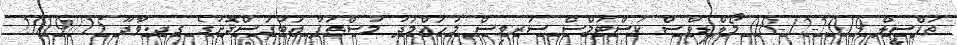
ތަފްސީލް 2019-12-08 މޯލްޑިވްސް ކަސްޓަމްސް ސަރވިސް މުޙައްމަދު މުސްޠަފާ އަބުގަސްދޮށުގެ ގދ.ވާދޫ 15//2019